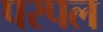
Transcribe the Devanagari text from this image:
परपल